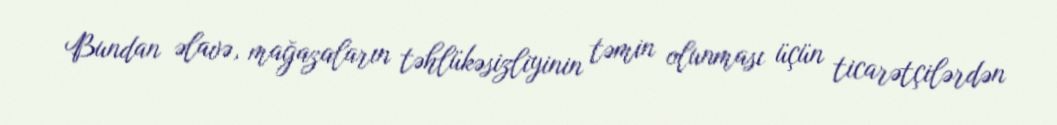
Bundan əlavə, mağazaların təhlükəsizliyinin təmin olunması üçün ticarətçilərdən